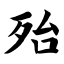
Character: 殆